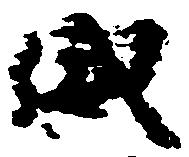
威